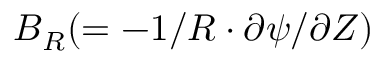
\boldsymbol { B } _ { R } ( = - 1 / \boldsymbol { R } \cdot \partial \boldsymbol { \psi } / \partial Z )